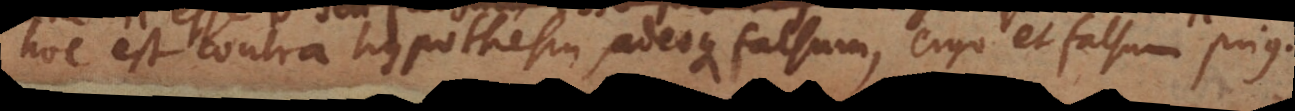
hoc est contra hypothesin, adeoque falsum, ergo et falsum prius.